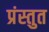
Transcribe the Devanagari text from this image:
प्रंस्तुत